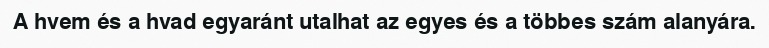
A hvem és a hvad egyaránt utalhat az egyes és a többes szám alanyára.